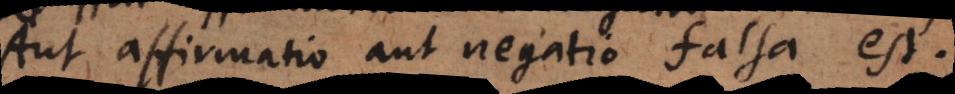
Aut affirmatio aut negatio falsa est.